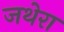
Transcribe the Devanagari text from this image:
जथेरा